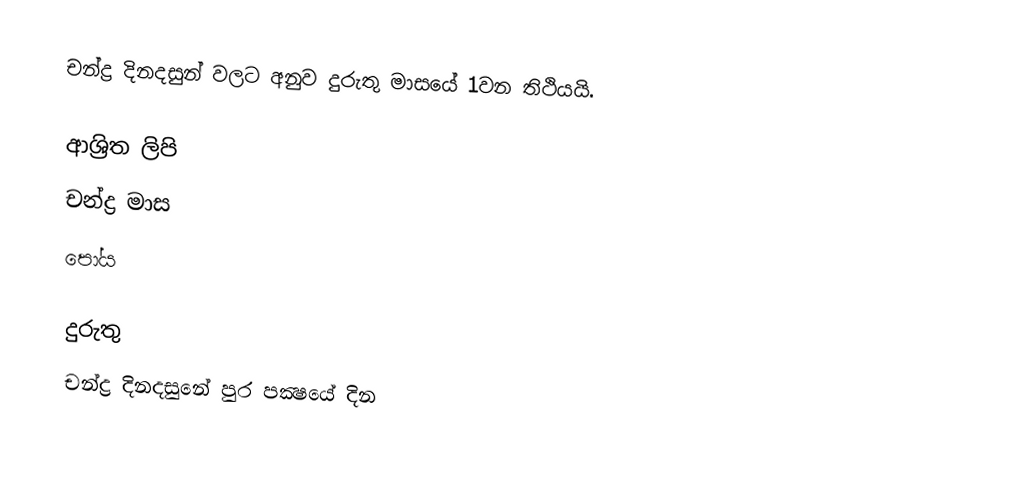
චන්ද්‍ර දිනදසුන් වලට අනුව දුරුතු මාසයේ 1වන තිථියයි.

ආශ්‍රිත ලිපි
 චන්ද්‍ර මාස
 පෝය

දුරුතු
චන්ද්‍ර දිනදසුනේ පුර පක්‍ෂයේ දින